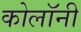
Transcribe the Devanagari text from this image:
कोलॉनी